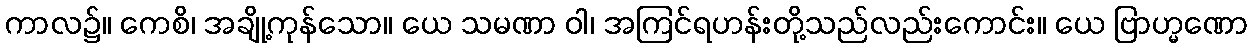
ကာလ၌။ ကေစိ၊ အချို့ကုန်သော။ ယေ သမဏာ ဝါ၊ အကြင်ရဟန်းတို့သည်လည်းကောင်း။ ယေ ဗြာဟ္မဏော